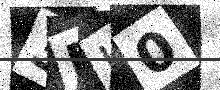
Text: 3DI0